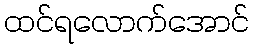
ထင်ရလောက်အောင်